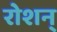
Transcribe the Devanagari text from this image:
रोशन्